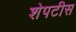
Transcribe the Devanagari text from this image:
शेपटीस